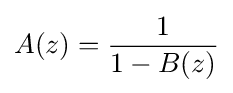
A(z)={\frac {1}{1-B(z)}}